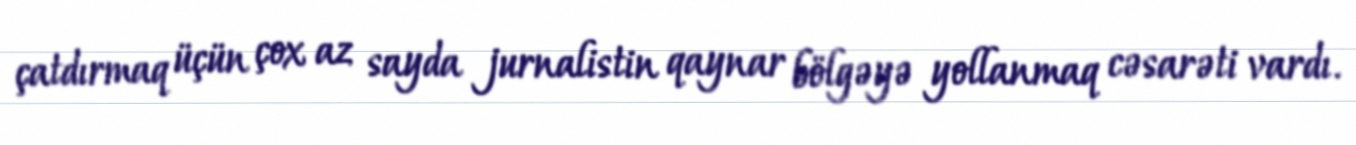
çatdırmaq üçün çox az sayda jurnalistin qaynar bölgəyə yollanmaq cəsarəti vardı.